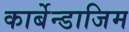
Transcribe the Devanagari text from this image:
कार्बेन्डाजिम